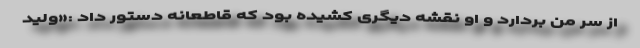
از سر من بردارد و او نقشه دیگری کشیده بود که قاطعانه دستور داد :«ولید